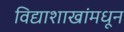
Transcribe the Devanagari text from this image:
विद्याशाखांमधून